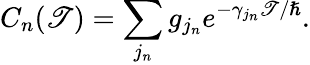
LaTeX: C_{n}(\mathscr{T})=\sum_{j_{n}}g_{j_{n}}e^{-\gamma_{j_{n}}\mathscr{T}/\hslash}.